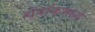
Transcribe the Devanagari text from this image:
चेपॉकमध्ये